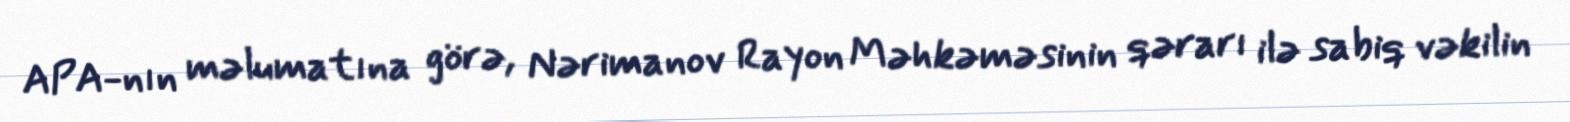
APA-nın məlumatına görə, Nərimanov Rayon Məhkəməsinin qərarı ilə sabiq vəkilin